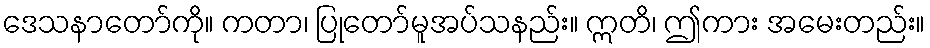
ဒေသနာတော်ကို။ ကတာ၊ ပြုတော်မူအပ်သနည်း။ ဣတိ၊ ဤကား အမေးတည်း။